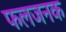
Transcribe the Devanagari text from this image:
फलजनक